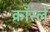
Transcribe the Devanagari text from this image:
क्रॉस्ले